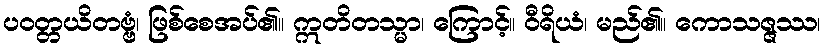
ပဝတ္တယိတဗ္ဗံ၊ ဖြစ်စေအပ်၏။ ဣတိတသ္မာ၊ ကြောင့်။ ဝီရိယံ၊ မည်၏။ ကောသဇ္ဇဿ၊